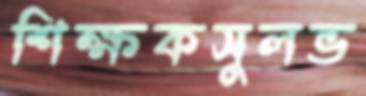
শিক্ষকসুলভ